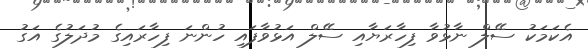
އެކަމަކު ސޭލް ނާޅުވާ ފިހާރަޔާއި ސޭލް އަޅުވާފައި ހުންނަ ފިހާރައިގެ މުދަލުގެ އަގު